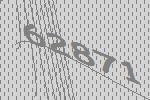
62871